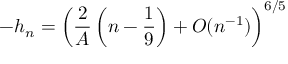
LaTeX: - h _ { n } = \left( \frac 2 A \left( n - \frac 1 9 \right) + O ( n ^ { - 1 } ) \right) ^ { 6 / 5 }